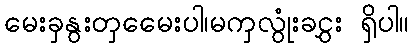
မေးခှနွးတှမေေးပါ၊မကှလွုံးခငွှး ရှိပါ။